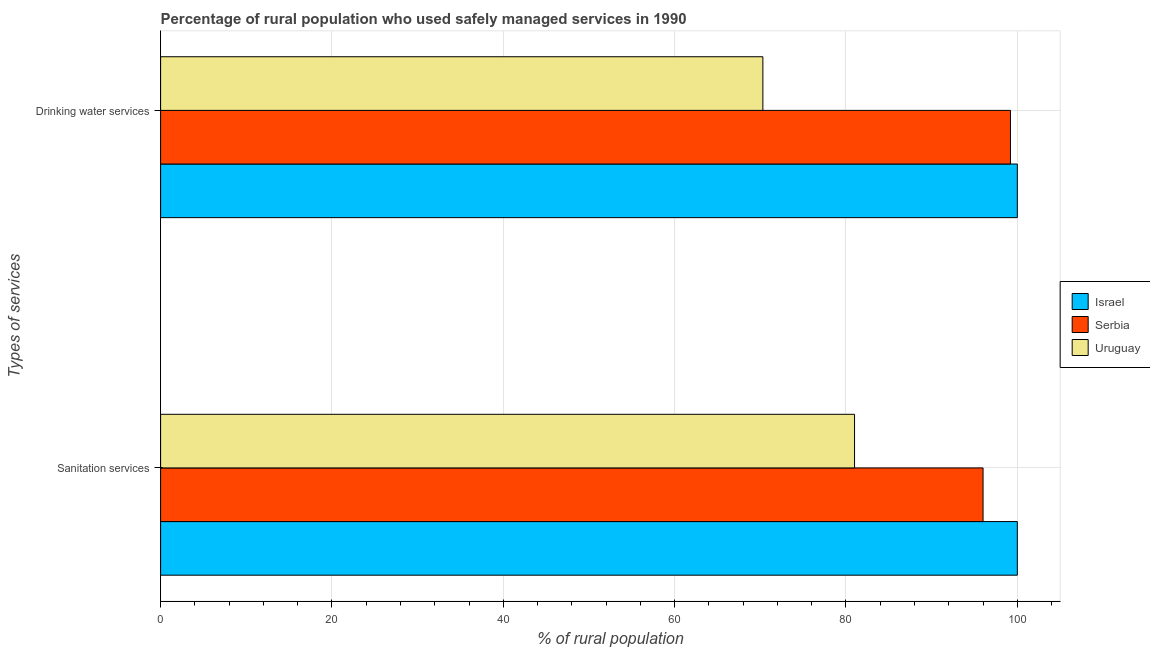
| Types of services | Israel | Serbia | Uruguay |
 | --- | --- | --- | --- |
 | Sanitation services | 100 | 96 | 81 |
 | Drinking water services | 100 | 99.2 | 70.3 |